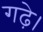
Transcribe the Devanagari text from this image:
गढ़े।